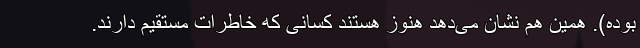
بوده). همین هم نشان می‌دهد هنوز هستند کسانی که خاطرات مستقیم دارند.